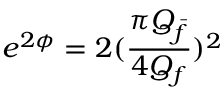
e ^ { 2 \phi } = 2 ( \frac { \pi Q _ { \bar { f } } } { 4 Q _ { f } } ) ^ { 2 }